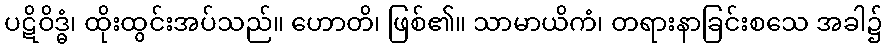
ပဋိဝိဒ္ဓံ၊ ထိုးထွင်းအပ်သည်။ ဟောတိ၊ ဖြစ်၏။ သာမာယိကံ၊ တရားနာခြင်းစသေ အခါ၌